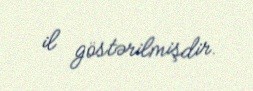
il göstərilmişdir.